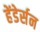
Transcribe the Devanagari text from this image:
हेंडेर्सन